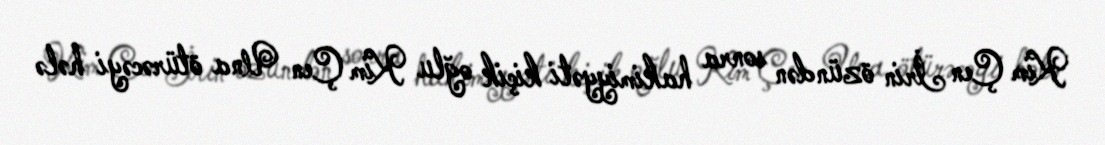
Kim Çen İrin özündən sonra hakimiyyəti kiçik oğlu Kim Çen Una ötürəcəyi hələ